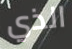
الذي